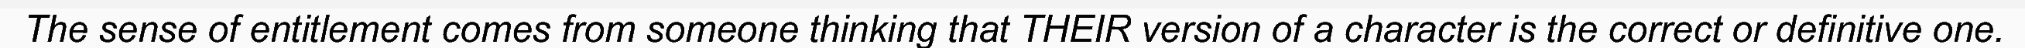
The sense of entitlement comes from someone thinking that THEIR version of a character is the correct or definitive one.